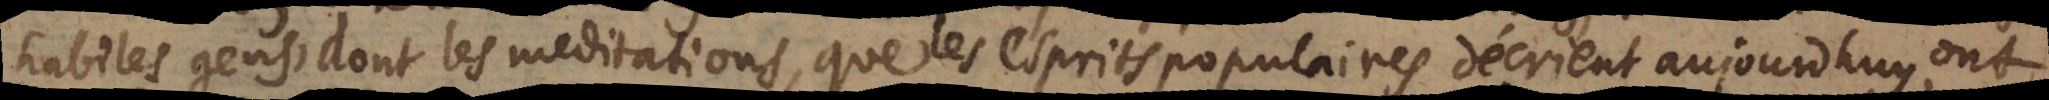
habiles gen, dont les meditations, que ,les esprits polulaires décrient aujourdhuy, ont